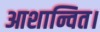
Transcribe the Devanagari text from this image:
आशान्वित।